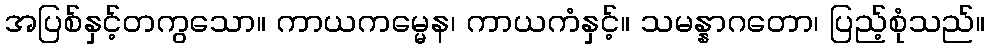
အပြစ်နှင့်တကွသော။ ကာယကမ္မေန၊ ကာယကံနှင့်။ သမန္နာဂတော၊ ပြည့်စုံသည်။